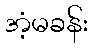
အံ့မခန်း